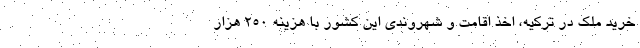
خرید ملک در ترکیه، اخذ اقامت و شهروندی این کشور با هزینه 250 هزار